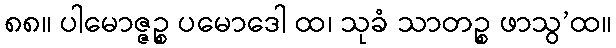
၈၈။ ပါမောဇ္ဇဉ္စ ပမောဒေါ ထ၊ သုခံ သာတဉ္စ ဖာသွ’ထ။